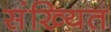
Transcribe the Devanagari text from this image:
संख्यित